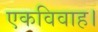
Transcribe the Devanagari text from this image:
एकविवाह।